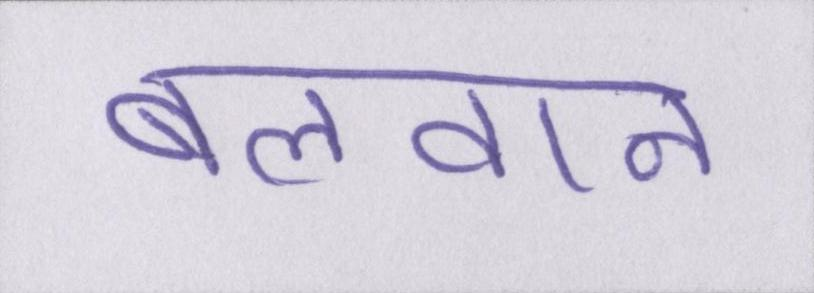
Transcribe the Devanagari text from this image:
बलवान